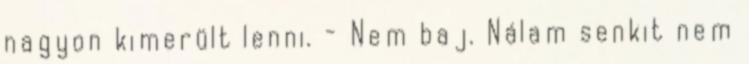
nagyon kimerült lenni. - Nem baj. Nálam senkit nem